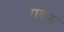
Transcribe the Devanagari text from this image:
गदफ